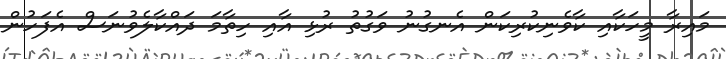
މައިރާ މީހަކާއި ކާވެނިކުރިކަން އެނގުނު ވަގުތު ރުޅި އާއި ހިތާމަ ދައްކާލެވުނަސް އެފަހުން